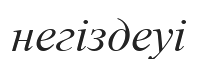
негіздеуі